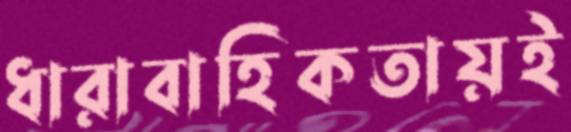
ধারাবাহিকতায়ই